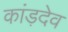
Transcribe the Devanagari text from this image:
कांड़देव